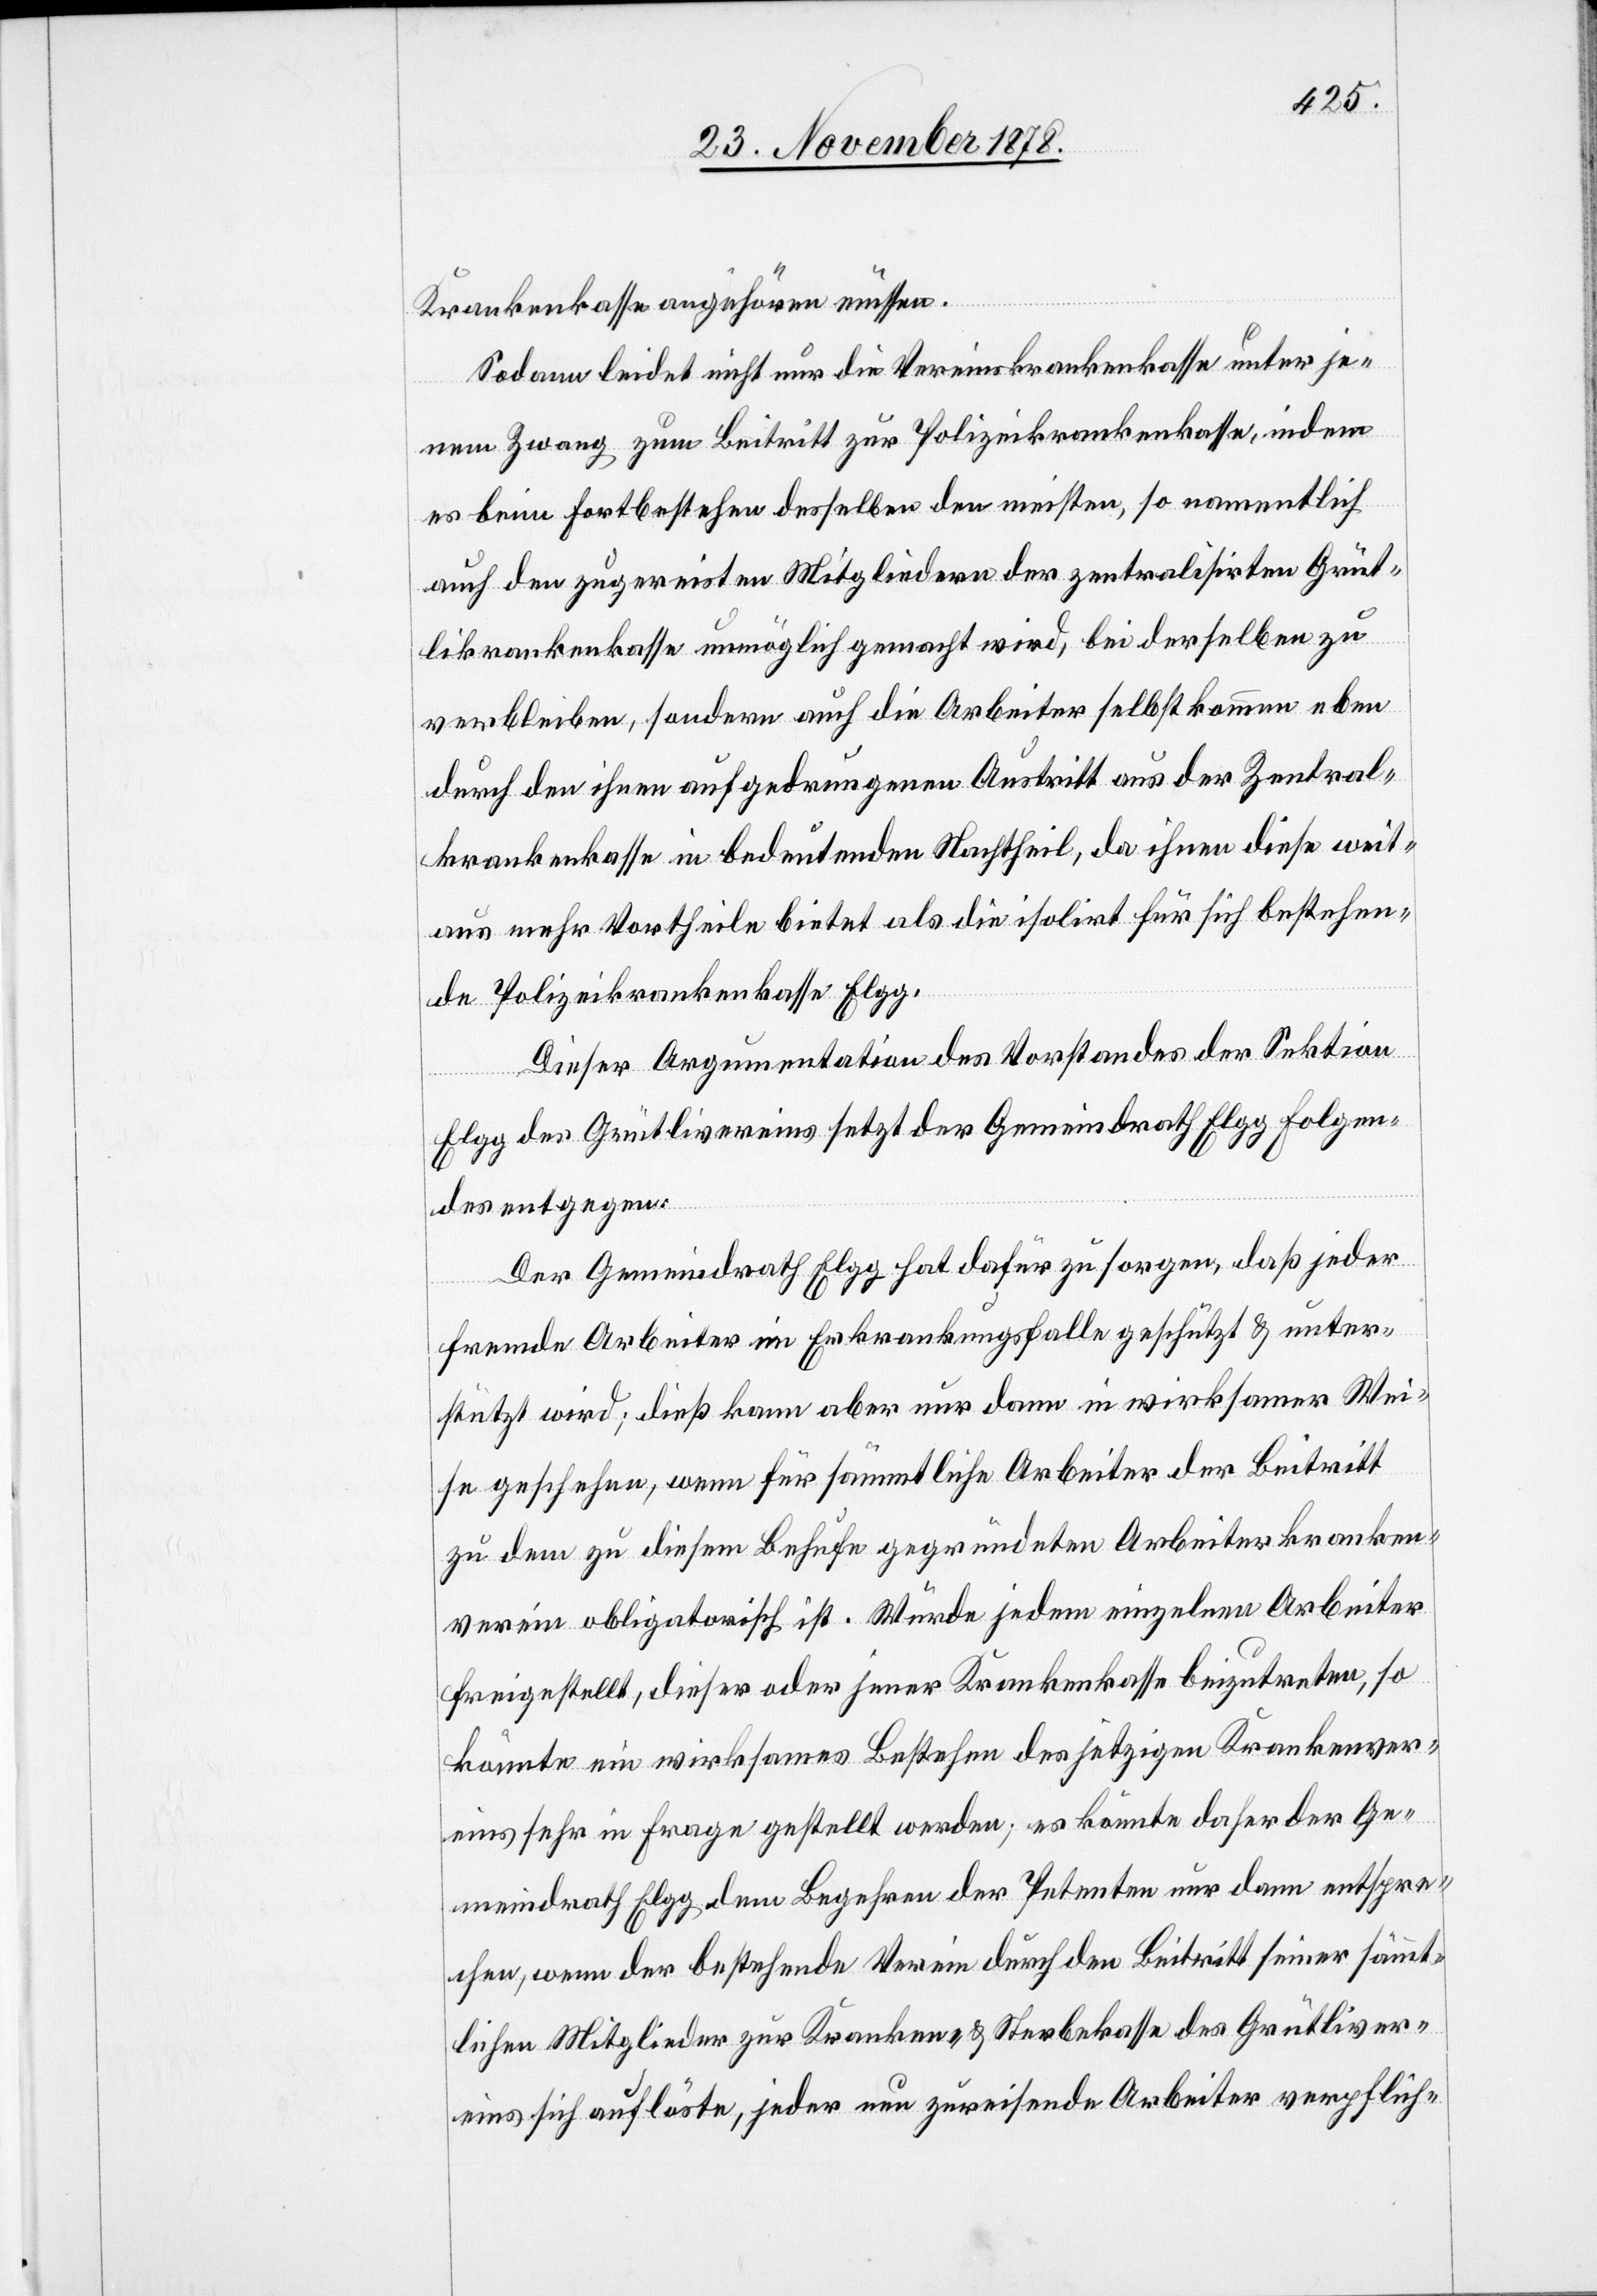
Krankenkasse angehören müssen.
Sodann leidet nicht nur die Vereinskrankenkasse unter je¬
nem Zwang zum Beitritt zur Polizeikrankenkasse, indem
es beim Fortbestehen desselben den meisten, so namentlich
auch den zugereisten Mitgliedern der zentralisirten Grüt¬
likrankenkasse unmöglich gemacht wird, bei derselben zu
verbleiben, sondern auch die Arbeiter selbst kommen eben
durch den ihnen aufgedrungenen Austritt aus der Zentral¬
krankenkasse in bedeutenden Nachtheil, da ihnen diese weit¬
aus mehr Vortheile bietet als die isolirt für sich bestehen¬
de Polizeikrankenkasse Elgg.
Dieser Argumentation des Vorstandes der Sektion
Elgg des Grütlivereins setzt der Gemeindrath Elgg folgen¬
des entgegen:
Der Gemeindrath Elgg hat dafür zu sorgen, daß jeder
fremde Arbeiter im Erkrankungsfalle geschützt & unter¬
stützt wird; dieß kann aber nur dann in wirksamer Wei¬
se geschehen, wenn für sämmtliche Arbeiter der Beitritt
zu dem zu diesem Behufe gegründeten Arbeiterkranken¬
verein obligatorisch ist. Würde jedem einzelnen Arbeiter
freigestellt, dieser oder jener Krankenkasse beizutreten, so
könnte ein wirksames Bestehen des jetzigen Krankenver¬
eins sehr in Frage gestellt werden, es könnte daher der Ge¬
meindrath Elgg dem Begehren der Petenten nur dann entspre¬
chen, wenn der bestehende Verein durch den Beitritt seiner sämmt¬
lichen Mitglieder zur Kranken- & Sterbekasse des Grütliver¬
eins sich auflöste, jeder nun zureisende Arbeiter verpflich-